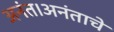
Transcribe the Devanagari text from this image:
अनंत।अनंताचे